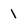
Character: 1